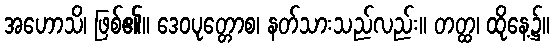
အဟောသိ၊ ဖြစ်၏။ ဒေဝပုတ္တောစ၊ နတ်သားသည်လည်း။ တတ္ထ၊ ထိုနေ့၌။